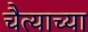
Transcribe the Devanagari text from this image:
चैत्याच्या